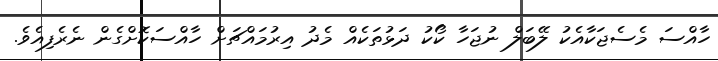
ހާއްސަ މެސެޖަކާއެކު ލޭބަލް ނުޖަހާ ކޯކު ދަޅުތަކެއް މެދު އިރުމައްޗަށް ހާއްސަކޮށްގެން ނެރެފިއެވެ.